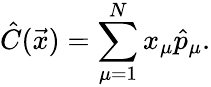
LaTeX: \hat{C}(\vec{x})=\sum_{\mu=1}^{N}x_{\mu}\hat{p}_{\mu}.